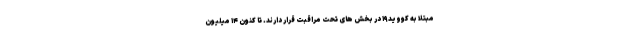
مبتلا به کووید۱۹ در بخش های تحت مراقبت قرار دارند. تا کنون ۱۴ میلیون